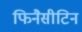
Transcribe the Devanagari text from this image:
फिनैसीटिन